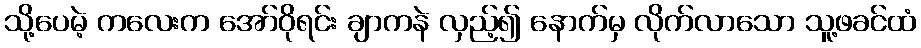
သို့ပေမဲ့ ကလေးက အော်ဝိုရင်း ချာကနဲ လှည့်၍ နောက်မှ လိုက်လာသော သူ့ဖခင်ထံ